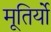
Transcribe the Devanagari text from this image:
मूतिर्यो